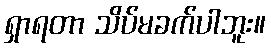
ရှာရတာ သိပ်မခက်ပါဘူး။